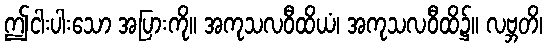
ဤငါးပါးသော အပြားကို။ အကုသလဝီထိယံ၊ အကုသလဝီထိ၌။ လဗ္ဘတိ၊